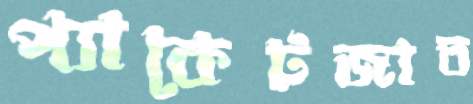
প্যাকেটজাত